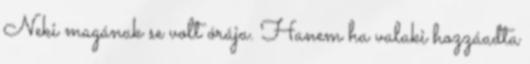
Neki magának se volt órája. Hanem ha valaki hozzáadta